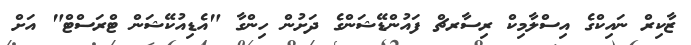
ޒާކިރް ނައިކްގެ އިސްލާމިކް ރިސާރޗް ފައުންޑޭޝަންގެ ދަށުން ހިންގާ "އެޑިއުކޭޝަން ޓްރަސްޓް" އަށް